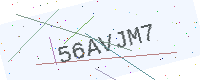
Text: 56AVJM7